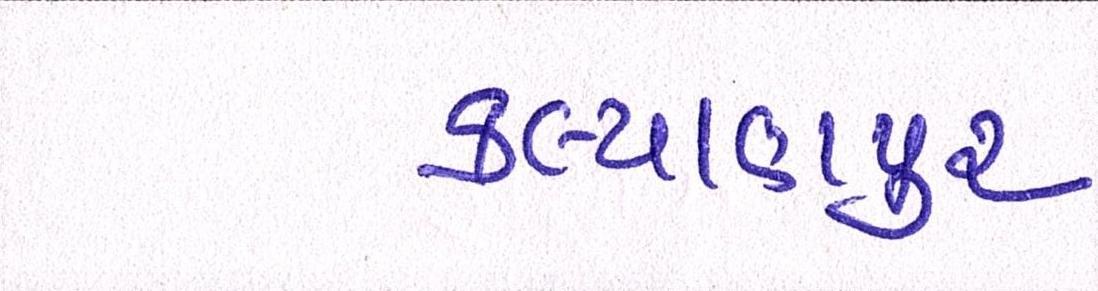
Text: કલ્યાણપુર